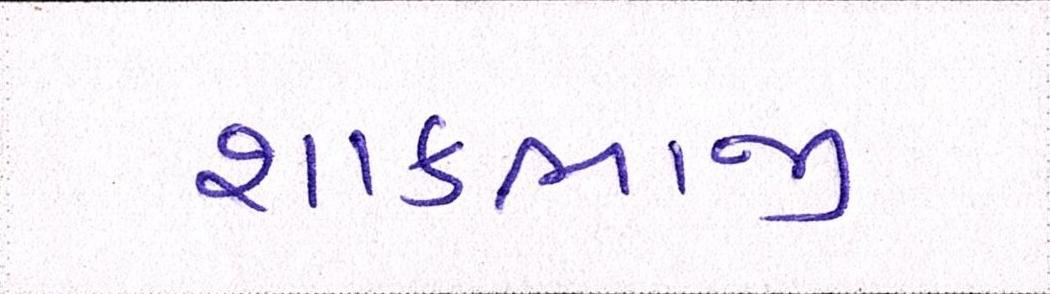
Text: શાકભાજી